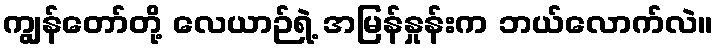
ကျွန်တော်တို့ လေယာဉ်ရဲ့ အမြန်နှုန်းက ဘယ်လောက်လဲ။